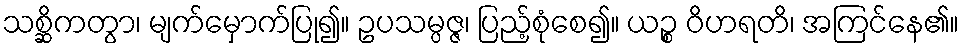
သစ္ဆိကတွာ၊ မျက်မှောက်ပြု၍။ ဥပသမ္ပဇ္ဇ၊ ပြည့်စုံစေ၍။ ယဉ္စ ဝိဟရတိ၊ အကြင်နေ၏။